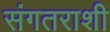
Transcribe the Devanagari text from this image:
संगतराशी